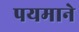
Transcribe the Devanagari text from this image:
पयमाने